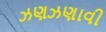
ઝણઝણાવી